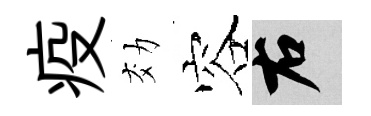
疫効容右